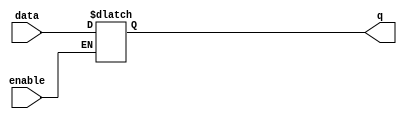
module level_sensitive_latch(
    input wire enable,
    input wire data,
    output reg q
);

always @ (enable, data)
begin
    if (enable)
    begin
        q <= data;
    end
end

endmodule